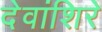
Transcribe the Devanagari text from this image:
देवांशिरे